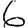
Digit: 6